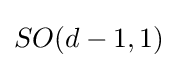
SO(d-1,1)